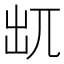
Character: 𠒄